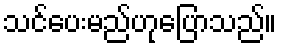
သင်ပေးမည်ဟုပြောသည်။